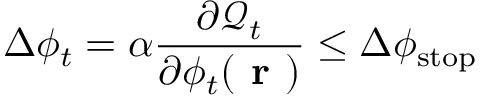
\Delta \phi _ { t } = \alpha \frac { \partial \mathcal { Q } _ { t } } { \partial \phi _ { t } ( \textbf { r } ) } \leq \Delta \phi _ { \mathrm { s t o p } }